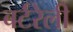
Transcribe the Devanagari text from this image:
बर्टरेली